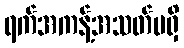
ရက်အကန့်အသတ်မရှိ